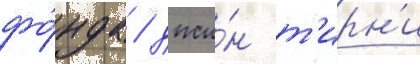
фо́нда / джи́н т'ирн'и